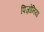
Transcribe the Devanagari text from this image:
पिज़ोनिया